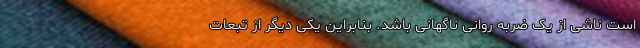
است ناشی از یک ضربه روانی ناگهانی باشد. بنابراین یکی دیگر از تبعات